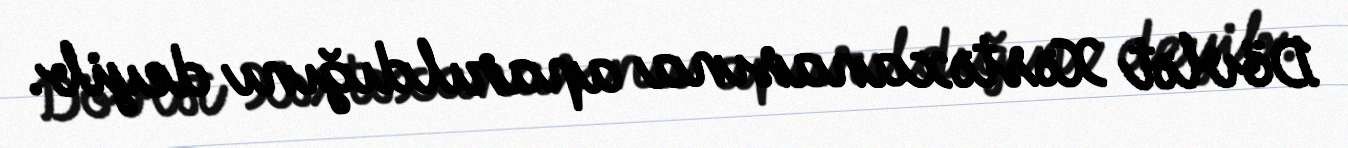
Dövlət Xəstəxanasına aparıldığını deyib.